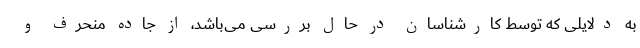
به دلایلی که توسط کارشناسان در حال بررسی می‌باشد، از جاده منحرف و